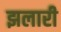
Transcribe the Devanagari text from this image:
झलारी